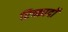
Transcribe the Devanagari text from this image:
रिच्कार्दो